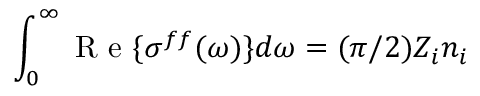
\int _ { 0 } ^ { \infty } \mathrm { ~ R ~ e ~ } \{ \sigma ^ { f f } ( \omega ) \} d \omega = ( \pi / 2 ) Z _ { i } n _ { i }